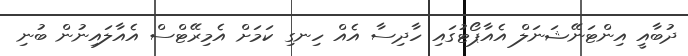
ދުބާއީ އިންޓަނޭޝަނަލް އެއާޕޯޓުގައި ހާދިސާ އެއް ހިނގި ކަމަށް އެމިރޭޓްސް އެއާލައިނުން ބުނި